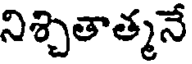
నిశ్చితాత్మనే